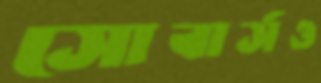
সোবার্সও